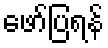
ဖော်ပြရန်